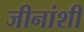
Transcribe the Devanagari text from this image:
जीनांशी